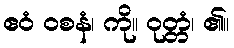
ဧဝံ ဝစနံ၊ ကို။ ဝုတ္တံ၊ ၏။